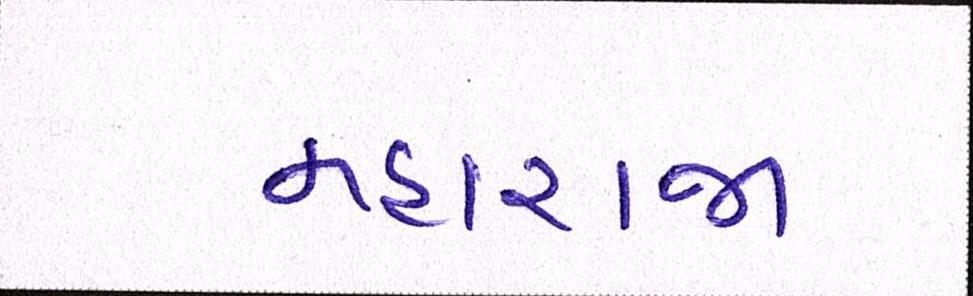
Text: મહારાજા